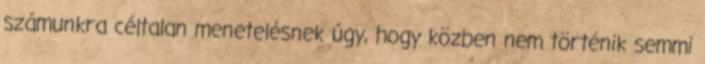
számunkra céltalan menetelésnek úgy, hogy közben nem történik semmi